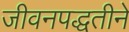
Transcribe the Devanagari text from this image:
जीवनपद्धतीने